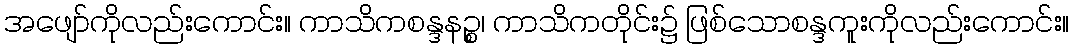
အဖျော်ကိုလည်းကောင်း။ ကာသိကစန္ဒနဉ္စ၊ ကာသိကတိုင်း၌ ဖြစ်သောစန္ဒကူးကိုလည်းကောင်း။